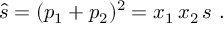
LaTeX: \hat { s } = ( p _ { 1 } + p _ { 2 } ) ^ { 2 } = x _ { 1 } \, x _ { 2 } \, s ~ .